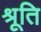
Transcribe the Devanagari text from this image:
श्रूति